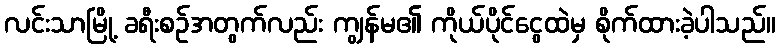
လင်းသာမြို့ ခရီးစဉ်အတွက်လည်း ကျွန်မ၏ ကိုယ်ပိုင်ငွေထဲမှ စိုက်ထားခဲ့ပါသည်။